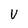
Character: v